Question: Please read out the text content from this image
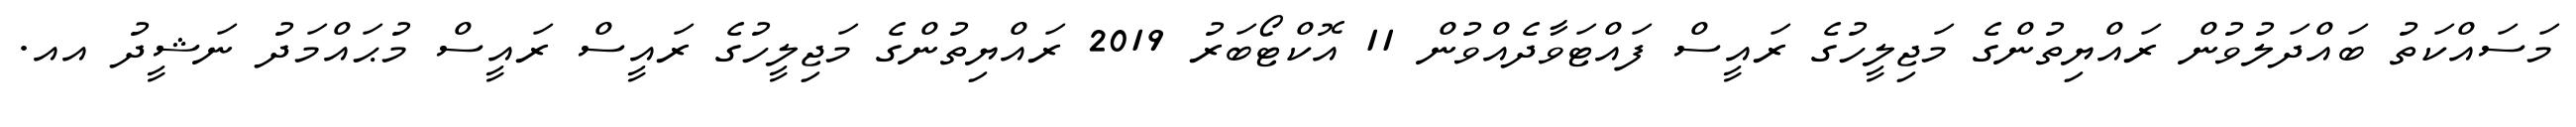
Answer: މަސައްކަތު ބައްދަލުވުން ރައްޔިތުންގެ މަޖިލީހުގެ ރައީސް ފައްޓަވާދެއްވުން 11 އޮކްޓޯބަރު 2019 ރައްޔިތުންގެ މަޖިލީހުގެ ރައީސް ރައީސް މުޙައްމަދު ނަޝީދު އއ.